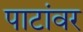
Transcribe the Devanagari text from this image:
पाटांवर